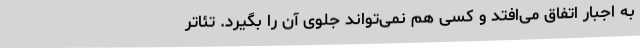
به اجبار اتفاق می‌افتد و کسی هم نمی‌تواند جلوی آن را بگیرد. تئاتر